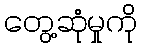
တွေ့ဆုံမှုကို